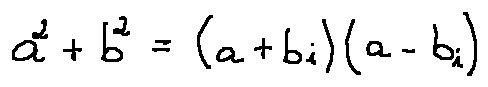
a ^ { 2 } + b ^ { 2 } = ( a + b i ) ( a - b i )